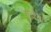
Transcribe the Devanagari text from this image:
गल्लेनी